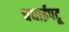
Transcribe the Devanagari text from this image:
चधाईपटू